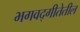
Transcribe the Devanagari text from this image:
भगवद्गीतेतील